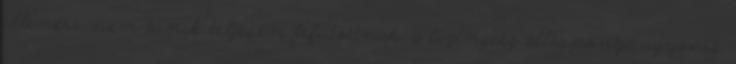
ellenére nem tűnik teljesen lefutottnak, a lízingcég álláspontja ugyanis